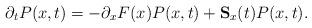
LaTeX: \begin{align*} \partial_t P(x,t) = - \partial_x F(x)P(x,t) + \mathbf{S}_x(t)P(x,t).\end{align*}